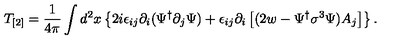
T _ { [ 2 ] } = \frac { 1 } { 4 \pi } \int d ^ { 2 } x \left\{ 2 i \epsilon _ { i j } \partial _ { i } ( \Psi ^ { \dagger } \partial _ { j } \Psi ) + \epsilon _ { i j } \partial _ { i } \left[ ( 2 w - \Psi ^ { \dagger } \sigma ^ { 3 } \Psi ) A _ { j } \right] \right\} .